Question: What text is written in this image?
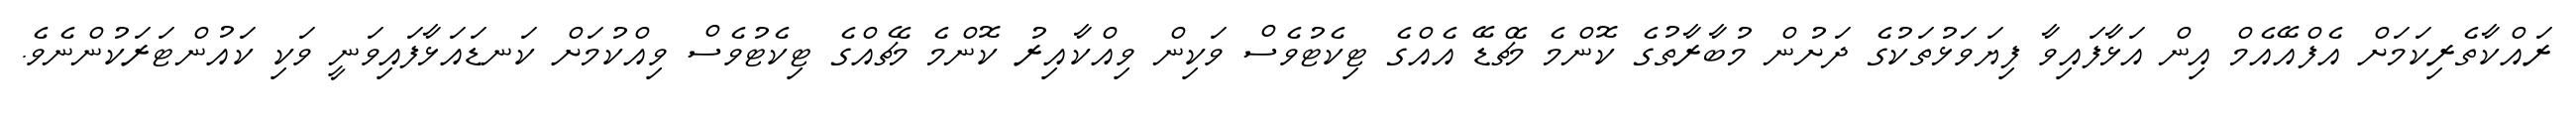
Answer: ރައްކާތެރިކަމަށް އެފްއޭއެމް އިން އަޅާފައިވާ ފިޔަވަޅުތަކުގެ ދަށުން މުބާރާތުގެ ކޮންމެ މެޗްޑޭ އެއްގެ ޓިކެޓުވެސް ވަކިން ވިއްކާއިރު ކޮންމެ މެޗެއްގެ ޓިކެޓުވެސް ވިއްކުމަށް ކަނޑައަޅާފައިވަނީ ވަކި ކައުންޓަރަކުންނެވެ.